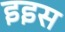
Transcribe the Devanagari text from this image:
इइस